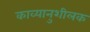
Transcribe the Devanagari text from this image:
काव्यानुशीलक